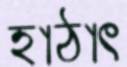
হাঠাৎ